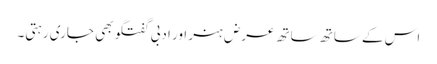
اس کے ساتھ ساتھ عرض ہنر اور ادبی گفتگو بھی جاری رہتی۔